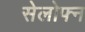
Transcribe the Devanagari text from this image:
सेलोफ्न